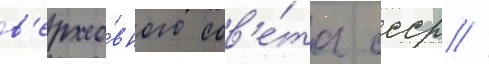
в'ерхо́вного сов'е́та ссср //